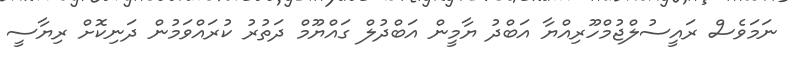
ނަމަވެސް ރައީސުލްޖުމްހޫރިއްޔާ އަބްދު ޔާމީން އަބްދުލް ގައްޔޫމް ދަތުރު ކުރައްވަމުން ދަނިކޮށް ރިޔާސީ